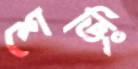
শেভিং